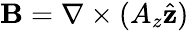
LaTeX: \mathbf{B}=\mathbf{\nabla}\times(A_{z}\hat{\mathbf{z}})